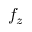
f _ { z }